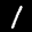
Label: 1